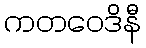
ကတဝေဒိနီ